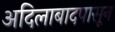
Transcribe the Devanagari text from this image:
अदिलाबादपासून